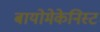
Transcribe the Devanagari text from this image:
बायोमेकेनिस्ट